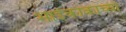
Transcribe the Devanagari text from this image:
भाईकाकांच्या